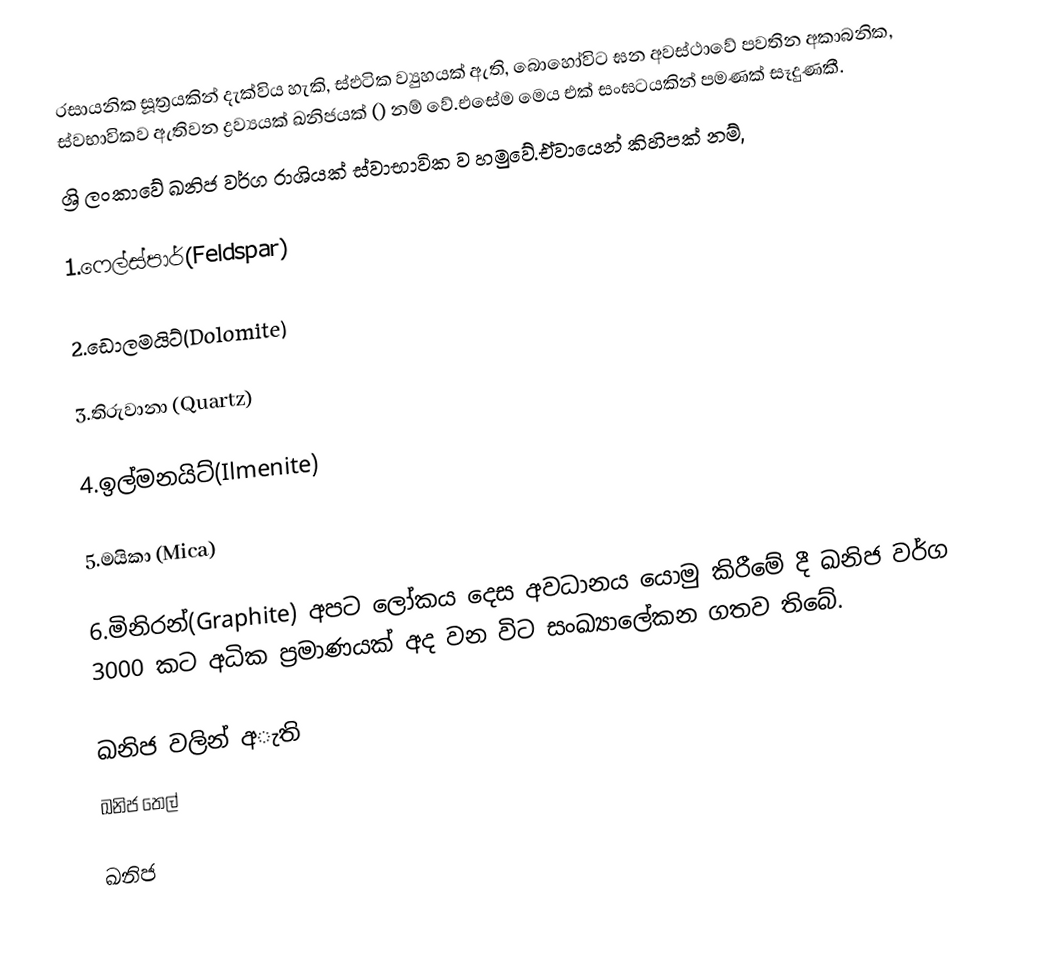
රසායනික සූත්‍රයකින් දැක්විය හැකි, ස්ඵටික ව්‍යුහයක් ඇති, බොහෝවිට ඝන අවස්ථාවේ පවතින අකාබනික, ස්වභාවිකව ඇතිවන ද්‍රව්‍යයක් ඛනිජයක් () නම් වේ.එසේම මෙය එක් සංඝටයකින් පමණක් සෑදුණකී.
ශ්‍රි ලංකාවේ ඛනිජ වර්ග රාශියක් ස්වාභාවික ව හමුවේ.ඒවායෙන් කිහිපක් නම්,

1.ෆෙල්ස්පාර්(Feldspar)

2.ඩොලමයිට්(Dolomite)

3.තිරුවානා (Quartz)

4.ඉල්මනයිට්(Ilmenite)

5.මයිකා (Mica)

6.මිනිරන්(Graphite) අපට ලෝකය දෙස අවධානය යොමු කිරීමේ දී ඛනිජ වර්ග 3000 කට අධික ප්‍රමාණයක් අද වන විට සංඛ්‍යාලේකන ගතව තිබේ.

ඛනිජ වලින් අැති
 ඛනිජ තෙල්

ඛනිජ